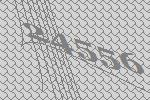
24556